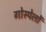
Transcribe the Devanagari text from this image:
गोस्पेलों